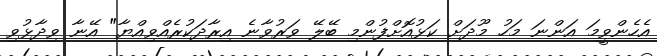
އެހެންވީމަ އަންނަ މަހު މޫދަށް ކަޅުއޮށްފުންމި ބޭލޭ ވަރުވާނެ އިރާދަކުރެއްވިއްޔާ" އޭނާ ވިދާޅުވި